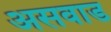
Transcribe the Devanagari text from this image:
असवाड